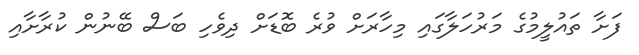
ފަށާ ތައުލީމުގެ މަރުހަލާގައި މިހާރަށް ވުރެ ބޮޑަށް ދިވެހި ބަސް ބޭނުން ކުރާށާއި